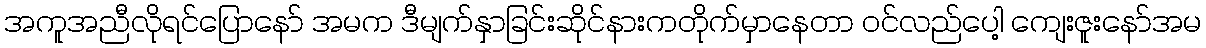
အကူအညီလိုရင်ပြောနော် အမက ဒီမျက်နှာခြင်းဆိုင်နားကတိုက်မှာနေတာ ဝင်လည်ပေါ့ ကျေးဇူးနော်အမ